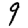
Digit: 9